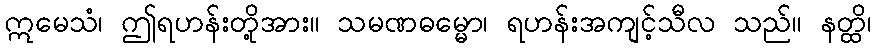
ဣမေသံ၊ ဤရဟန်းတို့အား။ သမဏဓမ္မော၊ ရဟန်းအကျင့်သီလ သည်။ နတ္ထိ၊